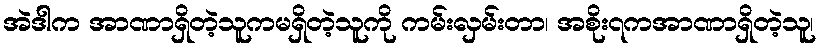
အဲဒါက အာဏာရှိတဲ့သူကမရှိတဲ့သူကို ကမ်းလှမ်းတာ၊ အစိုး၇ကအာဏာရှိတဲ့သူ၊